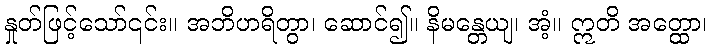
နှုတ်ဖြင့်သော်၎င်း။ အဘိဟရိတွာ၊ ဆောင်၍။ နိမန္တေယျ၊ အံ့။ ဣတိ အတ္ထော၊